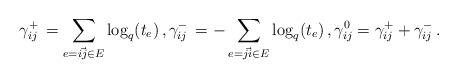
LaTeX: \begin{align*} \gamma^+_{ij} \, = \sum_{e=\vec{ij}\in E} \log_q(t_e) \,, \gamma^-_{ij} \, = -\sum_{e=\vec{ji}\in E} \log_q(t_e) \,, \gamma^0_{ij} = \gamma^+_{ij}+\gamma^-_{ij} \,.\end{align*}